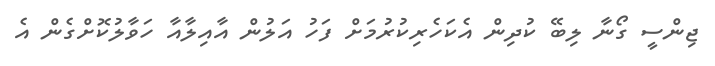
ޖިންސީ ގޯނާ ލިބޭ ކުދިން އެކަހެރިކުރުމަށް ފަހު އަލުން އާއިލާއާ ހަވާލުކޮށްގެން އެ